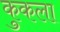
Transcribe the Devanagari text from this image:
कुकला